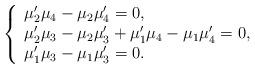
LaTeX: \begin{align*}\left\{ \begin{array}{l}\mu _{2}^{\prime }\mu _{4}-\mu _{2}\mu _{4}^{\prime }=0, \\ \mu _{2}^{\prime }\mu _{3}-\mu _{2}\mu _{3}^{\prime }+\mu _{1}^{\prime }\mu_{4}-\mu _{1}\mu _{4}^{\prime }=0, \\ \mu _{1}^{\prime }\mu _{3}-\mu _{1}\mu _{3}^{\prime }=0.\end{array}\right. \end{align*}